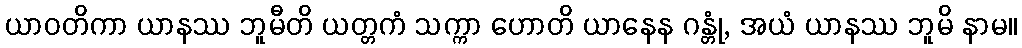
ယာဝတိကာ ယာနဿ ဘူမီတိ ယတ္တကံ သက္ကာ ဟောတိ ယာနေန ဂန္တုံ, အယံ ယာနဿ ဘူမိ နာမ။